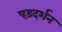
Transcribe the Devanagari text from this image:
षड़दर्शन